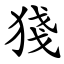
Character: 㹽